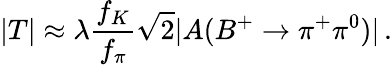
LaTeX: |T|\approx\lambda\frac{f_{K}}{f_{\pi}}\sqrt{2}|A(B^{+}\to\pi^{+}\pi^{0})|\, .